Indian journal of veterinary science and animal husbandry - Volume 2,
Year: 1932
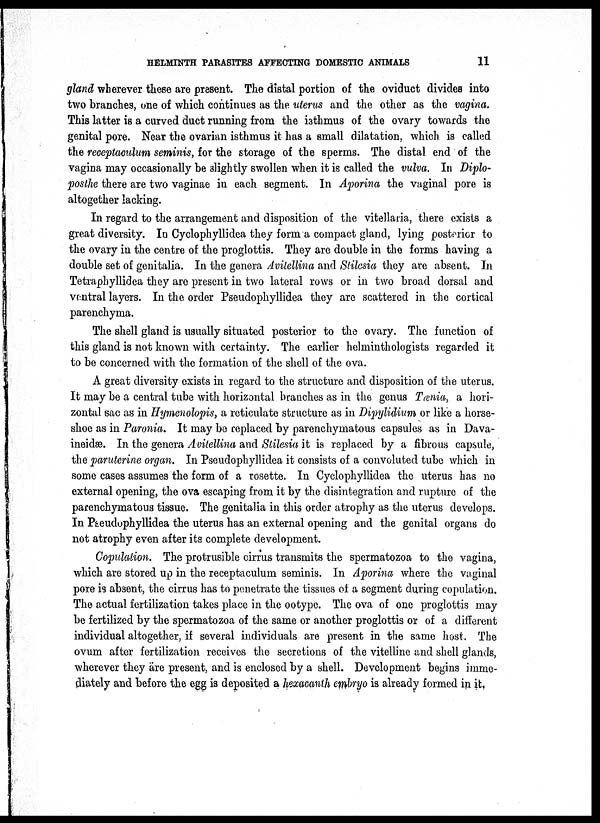
HELMINTH PARASITES AFFECTING DOMESTIC ANIMALS
11
gland wherever these are present. The distal portion of the oviduct divides into
two branches, one of which continues as the uterus and the other as the vagina.
This latter is a curved duct running from the isthmus of the ovary towards the
genital pore. Near the ovarian isthmus it has a small dilatation, which is called
the receptaculum seminis, for the storage of the sperms. The distal end of the
vagina may occasionally be slightly swollen when it is called the vulva. In Diplo¬
posthe there are two vaginae in each segment. In Aporina the vaginal pore is
altogether lacking.
In regard to the arrangement and disposition of the vitellaria, there exists a
great diversity. In Cyclophyllidea they form a compact gland, lying posterior to
the ovary in the centre of the proglottis. They are double in the forms having a
double set of genitalia. In the genera Avitellina and Stilesia they are absent. In
Tetraphyllidea they are present in two lateral rows or in two broad dorsal and
ventral layers. In the order Pseudophyllidea they are scattered in the cortical
parenchyma.
The shell gland is usually situated posterior to the ovary. The function of
this gland is not known with certainty. The earlier helminthologists regarded it
to be concerned with the formation of the shell of the ova.
A great diversity exists in regard to the structure and disposition of the uterus.
It may be a central tube with horizontal branches as in the genus Tænia, a hori-
zontal sac as in Hymenolopis, a reticulate structure as in Dipylidium or like a horse-
shoe as in Paronia. It may be replaced by parenchymatous capsules as in Dava¬
ineidæ. In the genera Avitellina and Stilesia it is replaced by a fibrous capsule,
the paruterine organ. In Pseudophyllidea it consists of a convoluted tube which in
some cases assumes the form of a rosette. In Cyclophyllidea the uterus has no
external opening, the ova escaping from it by the disintegration and rupture of the
parenchymatous tissue. The genitalia in this order atrophy as the uterus develops.
In Pseudophyllidea the uterus has an external opening and the genital organs do
not atrophy even after its complete development.
Copulation. The protrusible cirrus transmits the spermatozoa to the vagina,
which are stored up in the receptaculum seminis. In Aporina, where the vaginal
pore is absent, the cirrus has to penetrate the tissues of a segment during copulation.
The actual fertilization takes place in the ootype. The ova of one proglottis may
be fertilized by the spermatozoa of the same or another proglottis or of a different
individual altogether, if several individuals are present in the same host. The
ovum after fertilization receives the secretions of the vitelline and shell glands,
wherever they are present, and is enclosed by a shell. Development begins imme-
diately and before the egg is deposited a hexacanth embryo is already formed in it.